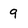
Character: 9